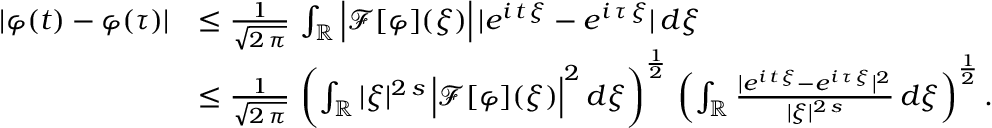
\begin{array} { r l } { | \varphi ( t ) - \varphi ( \tau ) | } & { \le \frac { 1 } { \sqrt { 2 \, \pi } } \, \int _ { \mathbb { R } } \Big | \mathcal { F } [ \varphi ] ( \xi ) \Big | \, | e ^ { i \, t \, \xi } - e ^ { i \, \tau \, \xi } | \, d \xi } \\ & { \le \frac { 1 } { \sqrt { 2 \, \pi } } \, \left( \int _ { \mathbb { R } } | \xi | ^ { 2 \, s } \, \Big | \mathcal { F } [ \varphi ] ( \xi ) \Big | ^ { 2 } \, d \xi \right) ^ { \frac { 1 } { 2 } } \, \left( \int _ { \mathbb { R } } \frac { | e ^ { i \, t \, \xi } - e ^ { i \, \tau \, \xi } | ^ { 2 } } { | \xi | ^ { 2 \, s } } \, d \xi \right) ^ { \frac { 1 } { 2 } } . } \end{array}